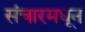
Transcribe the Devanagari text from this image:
संचारमधून